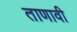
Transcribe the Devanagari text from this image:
ताणावी